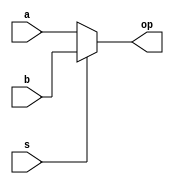
`timescale 1ns / 1ps
//////////////////////////////////////////////////////////////////////////////////
// Company: 
// Engineer: 
// 
// Design Name: 
// Module Name: mux_cu
// Project Name: 
// Target Devices: 
// Tool Versions: 
// Description: 
// 
// Dependencies: 
// 
// Revision:
// Revision 0.01 - File Created
// Additional Comments:
// 
//////////////////////////////////////////////////////////////////////////////////


module mux_cu(a,b,s,op);
input a,b;
input s;
output op;
assign op=s?b:a;
/*always@(*)
case(s)
1'b0:op<=a;
1'b1:op<=b; 
endcase*/
endmodule